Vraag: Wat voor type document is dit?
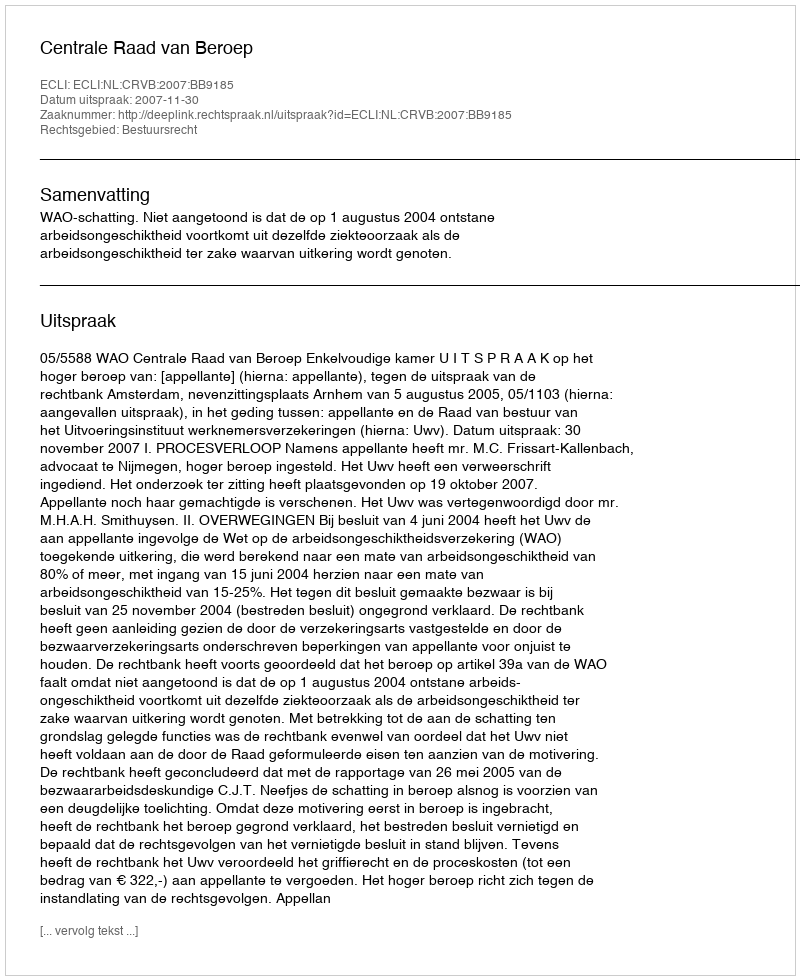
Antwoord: Uitspraak